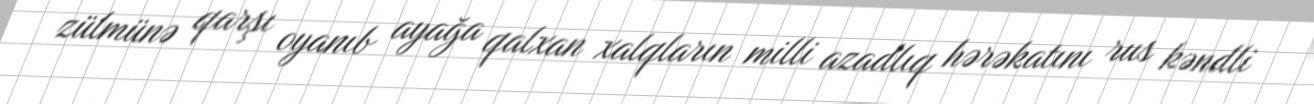
zülmünə qarşı oyanıb ayağa qalxan xalqların milli azadlıq hərəkatını rus kəndli